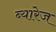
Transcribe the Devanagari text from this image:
ब्यारेज